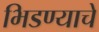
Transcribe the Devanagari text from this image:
भिडण्याचे